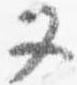
又